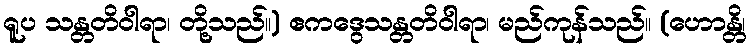
ရူပ သန္တတိဝါရာ၊ တို့သည်။) ဧကဒွေသန္တတိဝါရာ၊ မည်ကုန်သည်။ (ဟောန္တိ၊